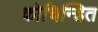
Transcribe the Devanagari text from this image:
कोचिन्हित